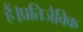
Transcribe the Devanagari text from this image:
हैं।प्रतिजैविक